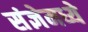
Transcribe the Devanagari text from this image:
संज्ञेमध्ये